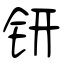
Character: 钘